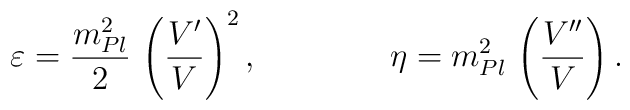
\varepsilon = {m_{Pl}^2\over 2}\,\left({V'\over V}\right)^2,\qquad\qquad\eta = m_{Pl}^2\,\left({V''\over V}\right).